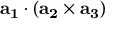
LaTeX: \mathbf { a _ { 1 } } \cdot ( \mathbf { a _ { 2 } } \times \mathbf { a _ { 3 } } )